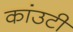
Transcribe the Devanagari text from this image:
कांउटी